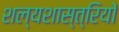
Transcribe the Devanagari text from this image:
शल्यशास्त्रियों